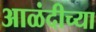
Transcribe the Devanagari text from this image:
आळंदीच्या